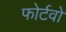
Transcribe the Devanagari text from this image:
फोर्टवो